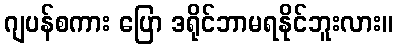
ဂျပန်စကား ပြော ဒရိုင်ဘာမရနိုင်ဘူးလား။